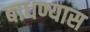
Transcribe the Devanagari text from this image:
बाधण्यास